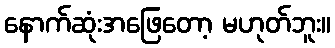
နောက်ဆုံးအဖြေတော့ မဟုတ်ဘူး။